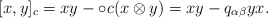
\begin{align*}[x,y]_c &= xy - \circ c (x\otimes y) = xy - q_{\alpha\beta} yx.\end{align*}